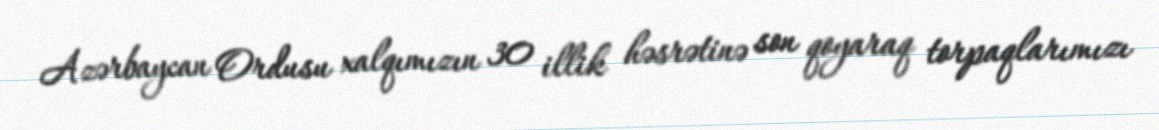
Azərbaycan Ordusu xalqımızın 30 illik həsrətinə son qoyaraq torpaqlarımızı